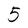
Character: 5